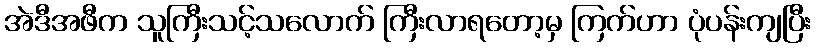
အဲဒီအဖီက သူကြီးသင့်သလောက် ကြီးလာရတော့မှ ကြက်ဟာ ပုံပန်းကျပြီး